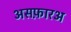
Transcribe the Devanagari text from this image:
असफ़ारअ